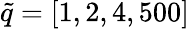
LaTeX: \tilde{q}=[1,2,4,500]